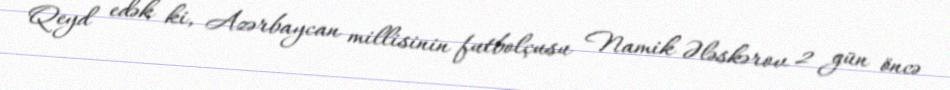
Qeyd edək ki, Azərbaycan millisinin futbolçusu Namik Ələskərov 2 gün öncə